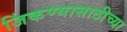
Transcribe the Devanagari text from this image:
जिंकण्यासाठीच्या